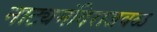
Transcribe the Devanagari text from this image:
नाट्यमंदिराजवळ